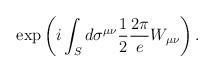
LaTeX: \begin{align*}\exp \left( i \int_S d\sigma^{\mu\nu} \frac{1}{2} \frac{2\pi}{e} W_{\mu\nu}\right) .\end{align*}